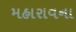
મહારાવના